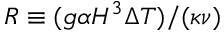
R \equiv ( g \alpha H ^ { 3 } \Delta T ) / ( \kappa \nu )